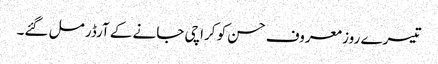
تیسرے روز معروف حسن کو کراچی جانے کے آرڈر مل گئے۔